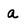
Character: a